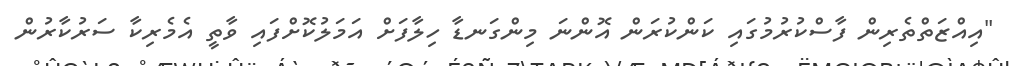
"އިއްޒަތްތެރިން ފާސްކުރުމުގައި ކަންކުރަން އޮންނަ މިންގަނޑާ ހިލާފަށް އަމަލުކޮށްފައި ވާތީ އެމެރިކާ ސަރުކާރުން